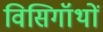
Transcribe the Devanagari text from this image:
विसिगॉथों